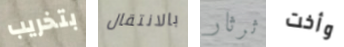
بتخريب بالانتقال ثرثار وأخت